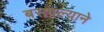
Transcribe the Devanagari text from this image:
बसवल्याने